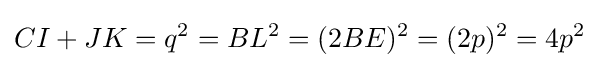
CI+JK=q^{2}=BL^{2}=(2BE)^{2}=(2p)^{2}=4p^{2}